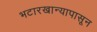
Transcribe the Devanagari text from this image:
भटारखान्यापासून